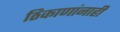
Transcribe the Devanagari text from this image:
ठिकाणांनाही